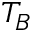
T _ { B }